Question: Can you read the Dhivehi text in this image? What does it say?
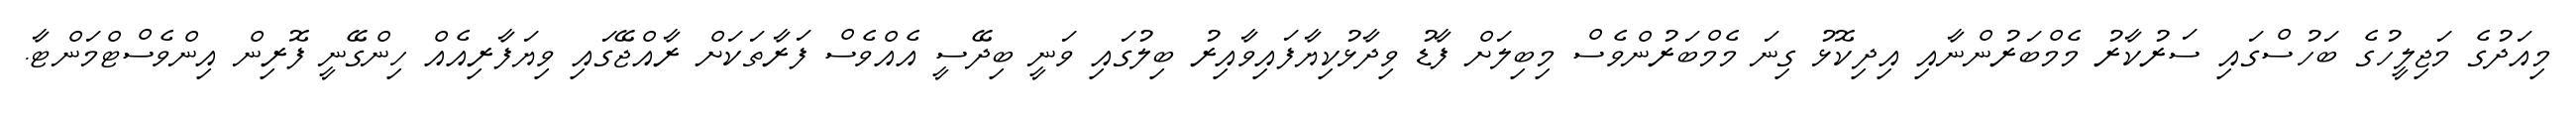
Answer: މިއަދުގެ މަޖިލީހުގެ ބަހުސްގައި ސަރުކާރު މެމްބަރުންނާއި އިދިކޮޅު ގިނަ މެމްބަރުންވެސް މިބިލަށް ފާޑު ވިދާޅުކިޔާފައިވާއިރު ބިލުގައި ވަނީ ބިދޭސީ އެއްވެސް ފަރާތަކަށް ރާއްޖޭގައި ވިޔަފާރިއެއް ހިންގޭނީ ފޮރިން އިންވެސްޓްމަންޓާ.